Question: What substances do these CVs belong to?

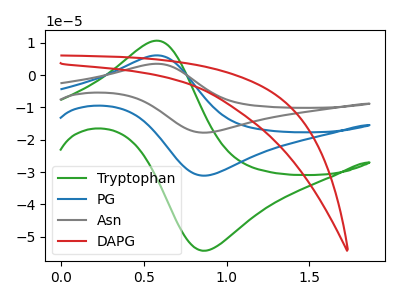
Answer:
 <answer>The green curve is labeled "Tryptophan". The blue curve is labeled "PG". The gray curve is labeled "Asn". The red curve is labeled "DAPG".</answer>
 <eval></eval>